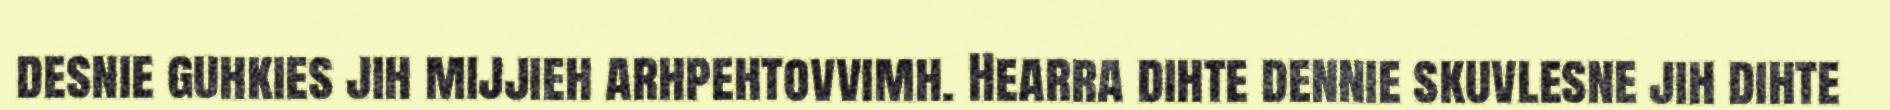
desnie guhkies jih mijjieh arhpehtovvimh. Hearra dihte dennie skuvlesne jih dihte